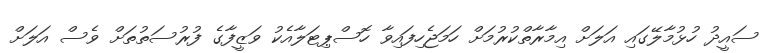
ސައީދު ހުޅުމާލޭގައި އަލަށް އިމާރާތްކުރުމަށް ހަމަޖެހިފައިވާ ހޮސްޕިޓަލާއެކު ވަޒީފާގެ ފުރުސަތުތަށް ވެސް އަލަށް